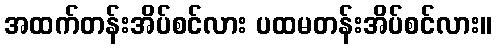
အထက်တန်းအိပ်စင်လား ပထမတန်းအိပ်စင်လား။